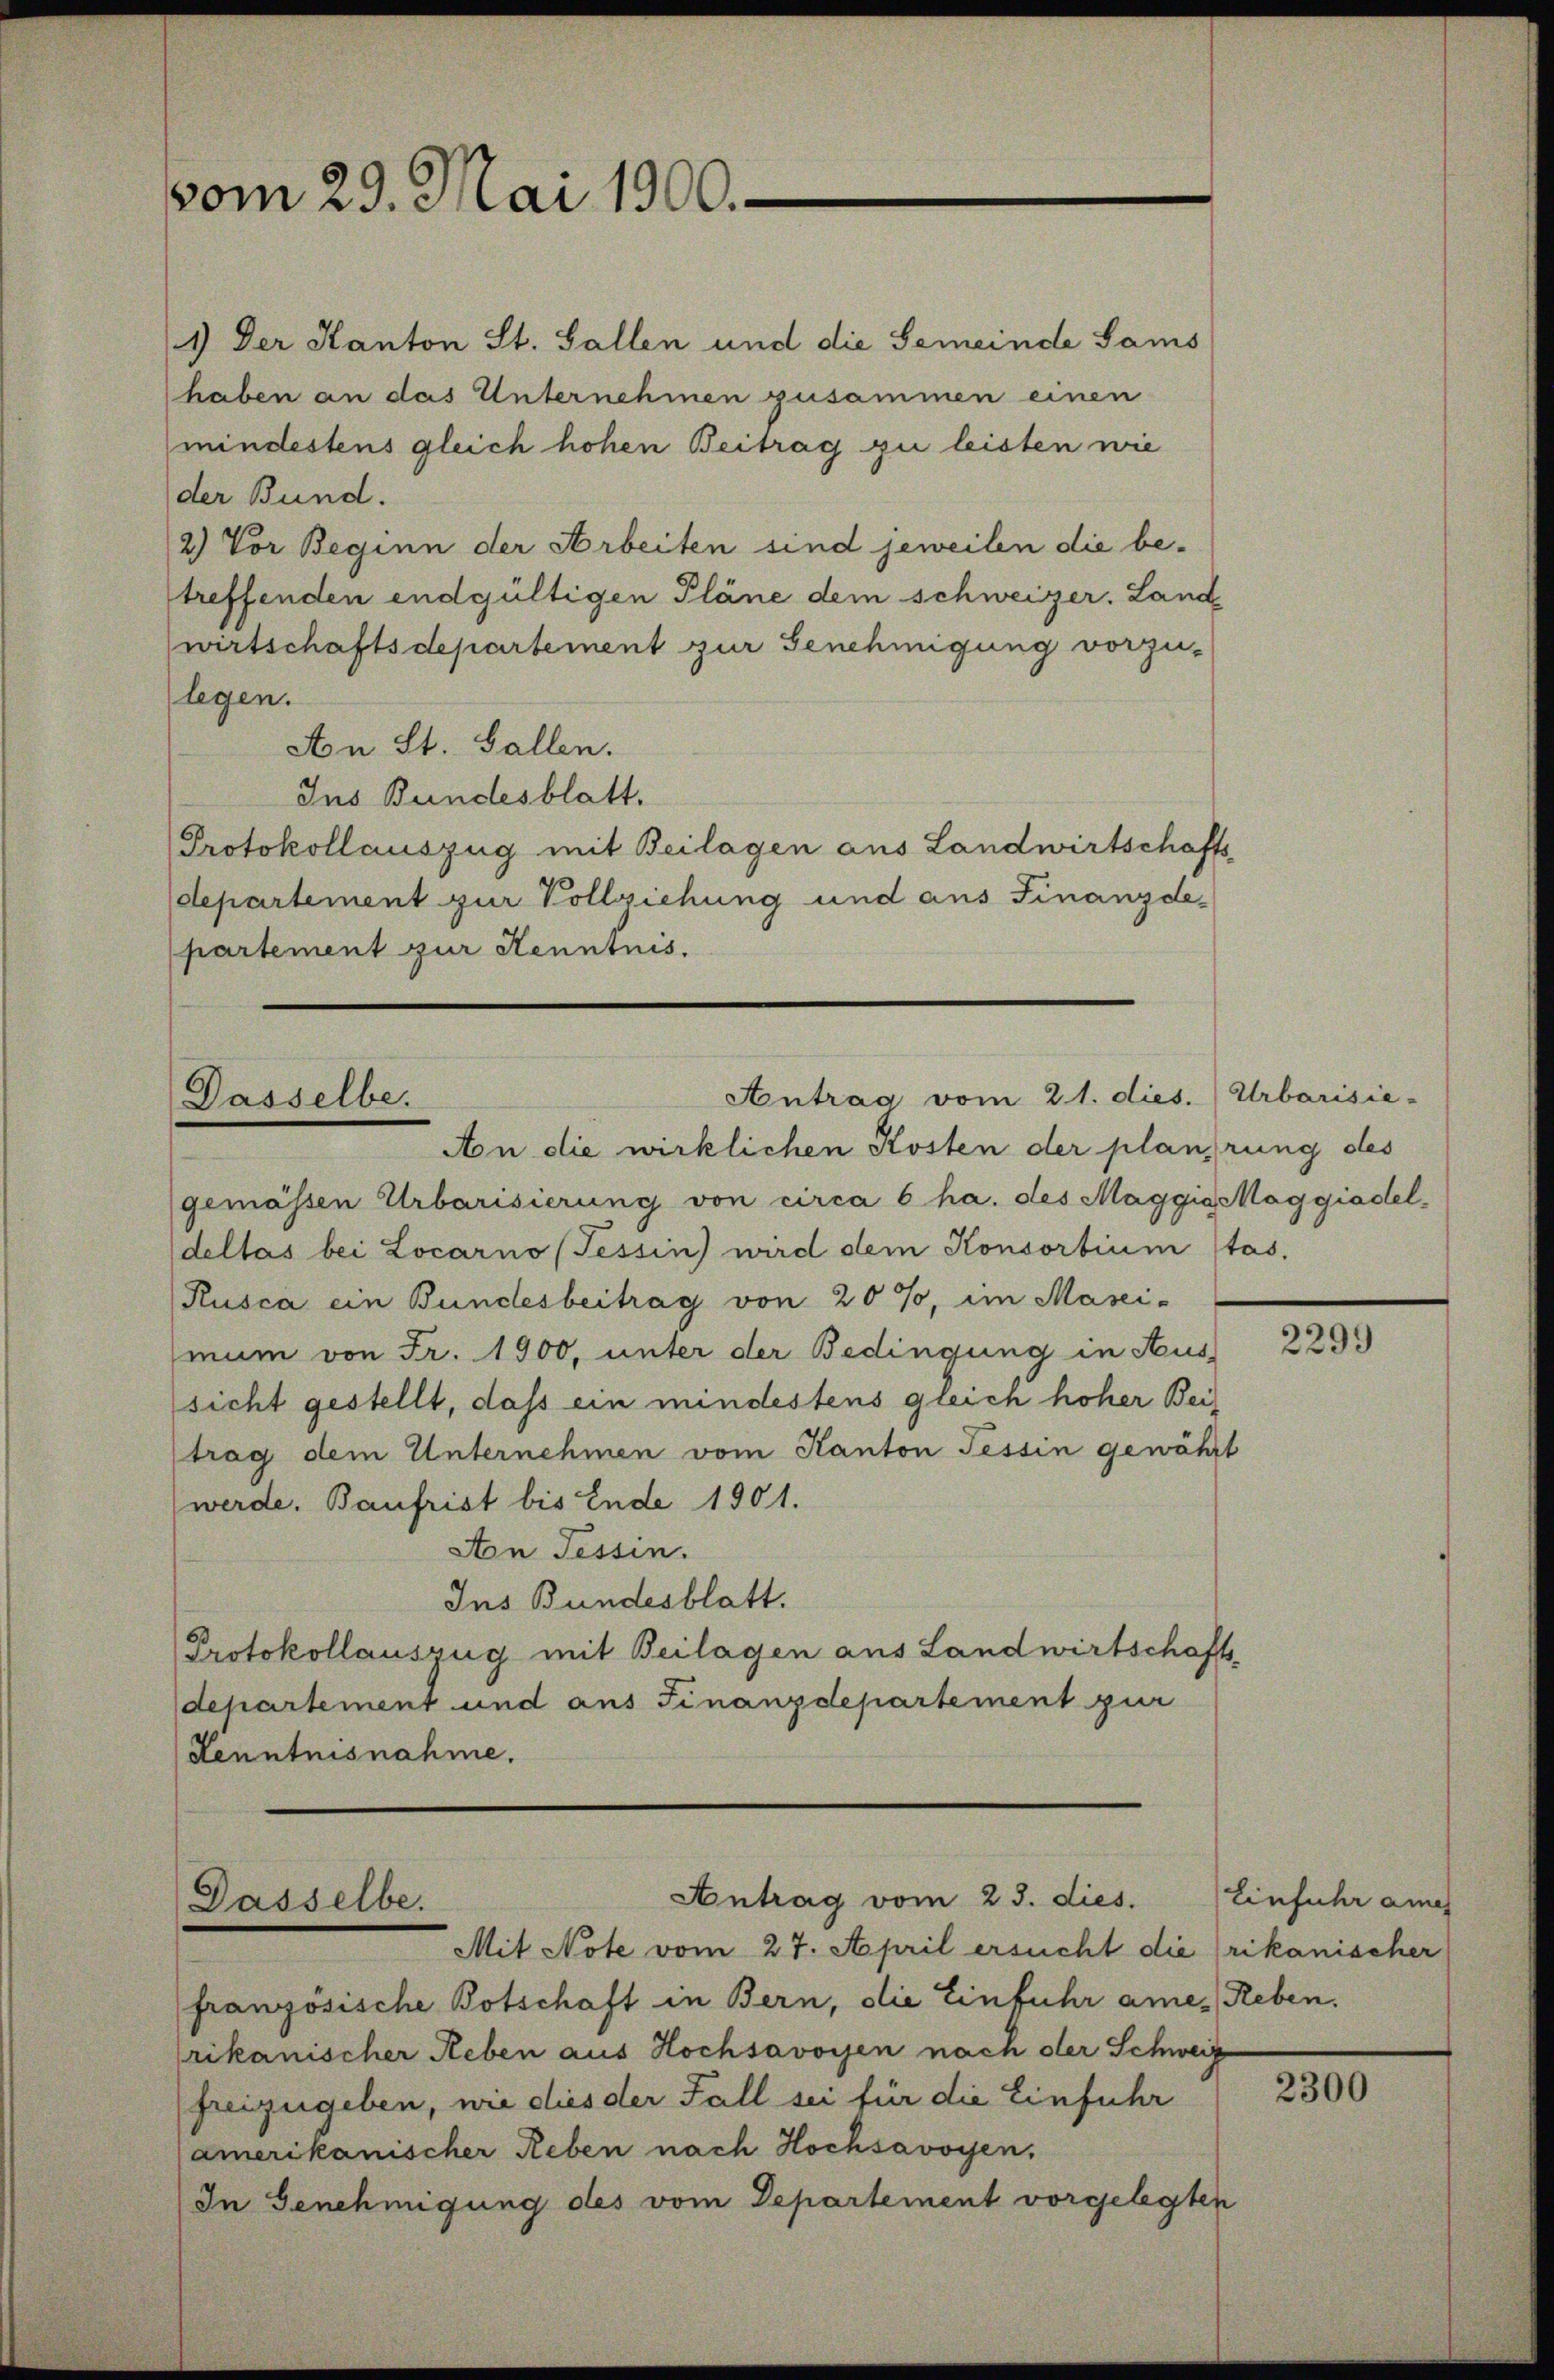
vom 29. Mai 1900.

1) Der Kanton St. Gallen und die Gemeinde Sams
haben an das Unternehmen zusammen einen
mindestens gleich hohen Beitrag zu leisten wie
der Bund.
2) Vor Beginn der Arbeiten sind jeweilen die betreffenden endgültigen Pläne dem schweizer. Landwirtschaftsdepartement zur Genehmigung vorzu-
legen.
An St. Gallen.
Ins Bundesblatt.
Protokollauszug mit Beilagen aus Landwirtschafts-
departement zur Vollziehung und aus Finanzdepartement zur Kenntnis.

Antrag vom 21. dies. Urbarisie-
Dasselbe.
An die wirklichen Kosten der planirung des

Dasselbe.

Antrag vom 23. dies.

Mit Note vom 27. April ersucht die (rikanischer
französische Botschaft in Bern, die Einfuhr amer Reben.
rikanischer Reben aus Hochsavoyen nach der Schweiz
hreizugeben, wie dies der Fall sei für die Einfuhr
amerikanischer Reben nach Hochsavoyen,
In Genehmigung des vom Departement vorgelegten

gemässen Urbarisierung von circa 6 ha. des Maggia Maggiadel-
dellas bei Locarno (Tessin wird dem Konsortium stas.
Rusca ein Bundesbeitrag von 20%, im Masei-
mum von Fr. 1900, unter der Bedingung in Aus
sicht gestellt, daß ein mindestens gleich hoher Beitrag dem Unternehmen vom Kanton Tessin gewährt
werde. Baufrist bis Ende 1901.
Aon Tessin.
Ins Bundesblatt.
Protokollauszug mit Beilagen aus Landwirtschafts-
departement und aus Finanzdepartement zur
Kenntnisnahme.

2299

Einfuhr ame

2300